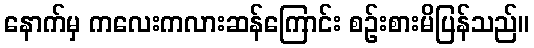
နောက်မှ ကလေးကလားဆန်ကြောင်း စဉ်းစားမိပြန်သည်။